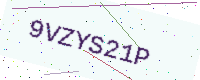
Text: 9VZYS21P